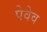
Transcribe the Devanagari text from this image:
पेवेव